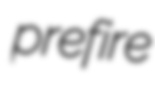
prefire